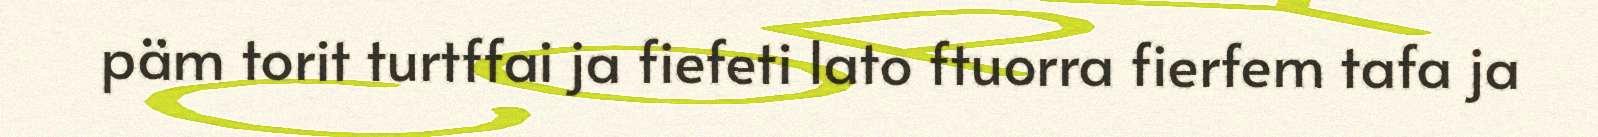
päm torit turtffai ja fiefeti lato ftuorra fierfem tafa ja